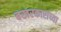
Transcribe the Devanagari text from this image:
बखरकारांच्या